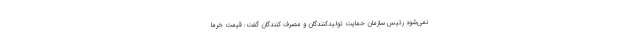
نمی‌شود رئیس سازمان حمایت تولیدکنندگان و مصرف کنندگان گفت: قیمت خرما